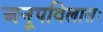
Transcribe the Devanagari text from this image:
अनूपविलासः